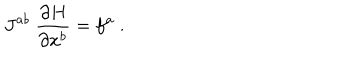
LaTeX: J ^ { a b } \ \frac { \partial H } { \partial x ^ { b } } = f ^ { a } \ .